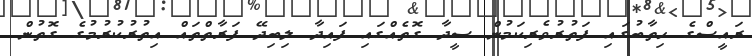
ރައީސްގެ ހިތާބުގައި ފަތުރުވެރިކަމުން ސީދާ ގޮތެއްގައި ފައިދާ ލިބިދޭ ފަރާތްތައް އިތުރުކުރުމުގެ ގޮތުން